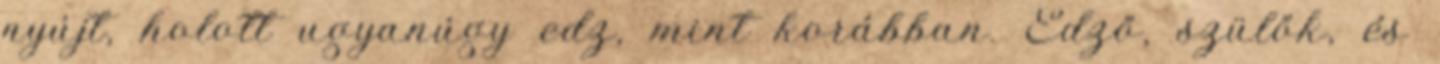
nyújt, holott ugyanúgy edz, mint korábban. Edző, szülők, és